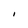
Character: I